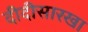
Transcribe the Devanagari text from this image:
दीदीसारखा